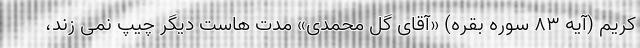
کریم (آیه ۸۳ سوره بقره) «آقای گل محمدی» مدت هاست دیگر چیپ نمی زند،